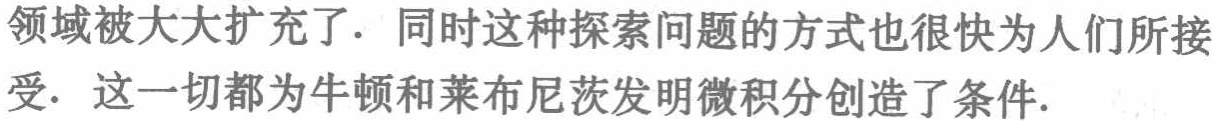
领域被大大扩充了. 同时这种探索问题的方式也很快为人们所接

受. 这一切都为牛顿和莱布尼茨发明微积分创造了条件.